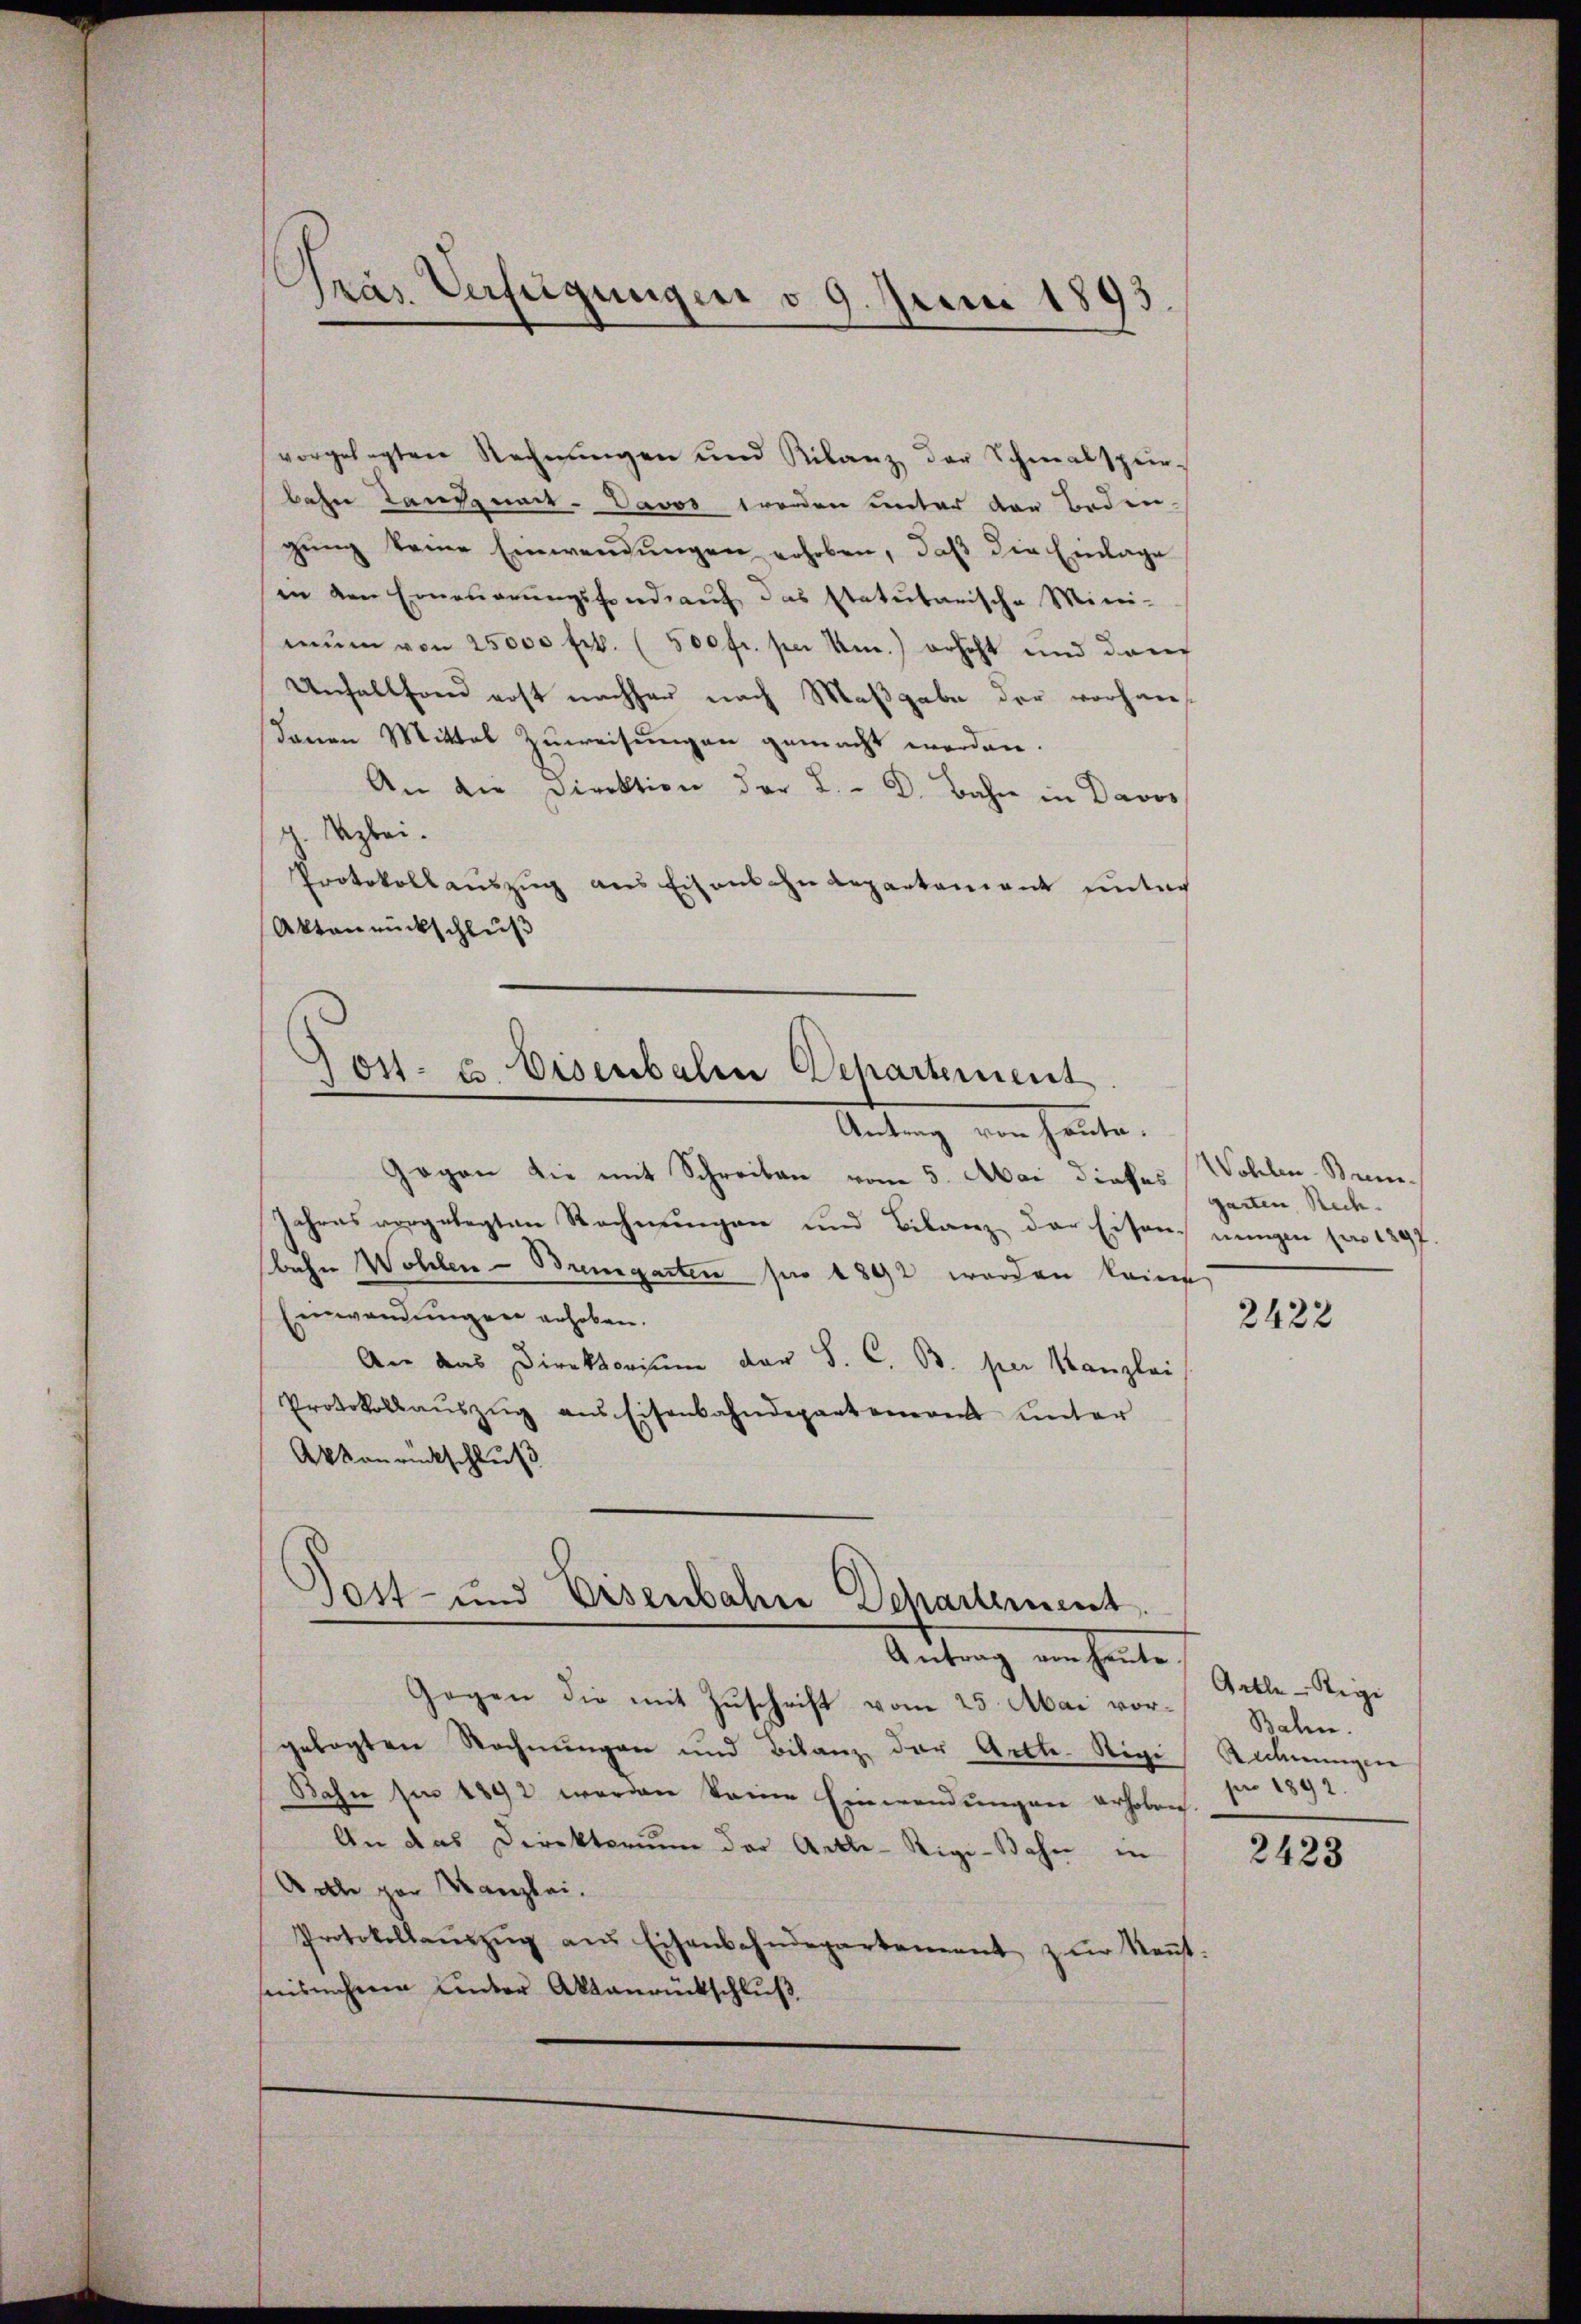
vorgelegten Rechnungen und Kilanz der Schmalsperbahn Taufzuner- Davos werden unter der Boden-
gŭng keine Einwendungen erhoben, daß die Einlage
in den Erneŭerŭngsfondrauf das statutarische Mini-
mŭm von 25000 Frk. (500 fr. sei Um.) erhöht und dan
Unfallend erst nachher nach Maßgabe der vorhan
denen Mittel Zuweisungen gemacht werden.
An die Direktion der L. - Dr. Bahre in Davos
g. Uzbei.
Protokollaŭszŭg ans Eisenbahndepartement unter
Aktanrückschluß

Pras Verfügungen d. 9. Juni 1893.

Jos. E. Diserbalen Departement
Antrag von heute.

Gegen die mit Schreiben vom 5. Mai dieses Wohlen-Brem¬
Jahres vorgelegten Rechnungen und Bilanz der Eisen nungen pro 1297
bahn Wohlen-Bremgarten pro 1892 worden keine
Einwandungen erhoben.
An das Direktorium der S. C. B. per Kanzlei
Protokollaŭszŭg aŭs Eisenbahndepartement unter
Akkanrückschluß

Post- und Eisenbahre Departement.
Antrag von heute.

Gegen die mit Zuschrift vom 25. Mai vorgelegten Rechnungen und Bilanz, der Arth-Rigi
Bahn sie 1892 werden keine Einwendungen erhoben.
An das Direktorium der Arthe-Rigi-Bahn in
Acle par Kanzlei.
Protokollaŭszŭg aŭs Eisenbahndepartement zŭr Keṅt.
snisnehmen unter Aktanrückschluß

garten Rech-

2422

Grtle- Regi
Bahn.
Rechnungen
1892.
.

2423